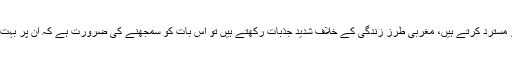
یہ لوگ اگر مغرب کو مسترد کرتے ہیں، مغربی طرزِ زندگی کے خلاف شدید جذبات رکھتے ہیں تو اس بات کو سمجھنے کی ضرورت ہے کہ ان پر بہت کچھ تھوپا جارہا ہے۔